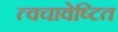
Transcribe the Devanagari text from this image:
त्वचावेष्टित